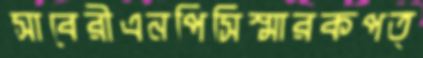
সাবেরীএনপিসিস্মারকপত্